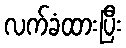
လက်ခံထားပြီး